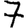
Digit: 7